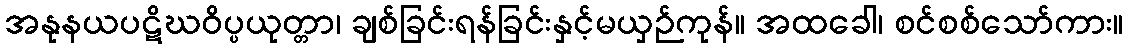
အနုနယပဋိဃဝိပ္ပယုတ္တာ၊ ချစ်ခြင်းရန်ခြင်းနှင့်မယှဉ်ကုန်။ အထခေါ၊ စင်စစ်သော်ကား။